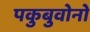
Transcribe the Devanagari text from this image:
पकुबुवोनो